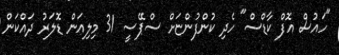
"ހައުސް އޮފް ކާޑްސް" ހެދި ކުންފުންޏަށް ސްޕޭސީ 31 މިލިއަން ޑޮލަރު ދައްކަން